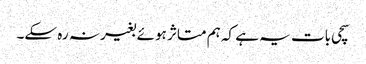
سچی بات یہ ہے کہ ہم متاثر ہوئے بغیر نہ رہ سکے۔